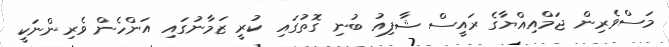
މަސްވެރިން ޖަމްއިއްޔާގެ ރައީސް ޝާފިއު ބުނި ގޮތުގައި ކުރީ ޒަމާނުގައި އަންހެން ވެރިންނަކީ